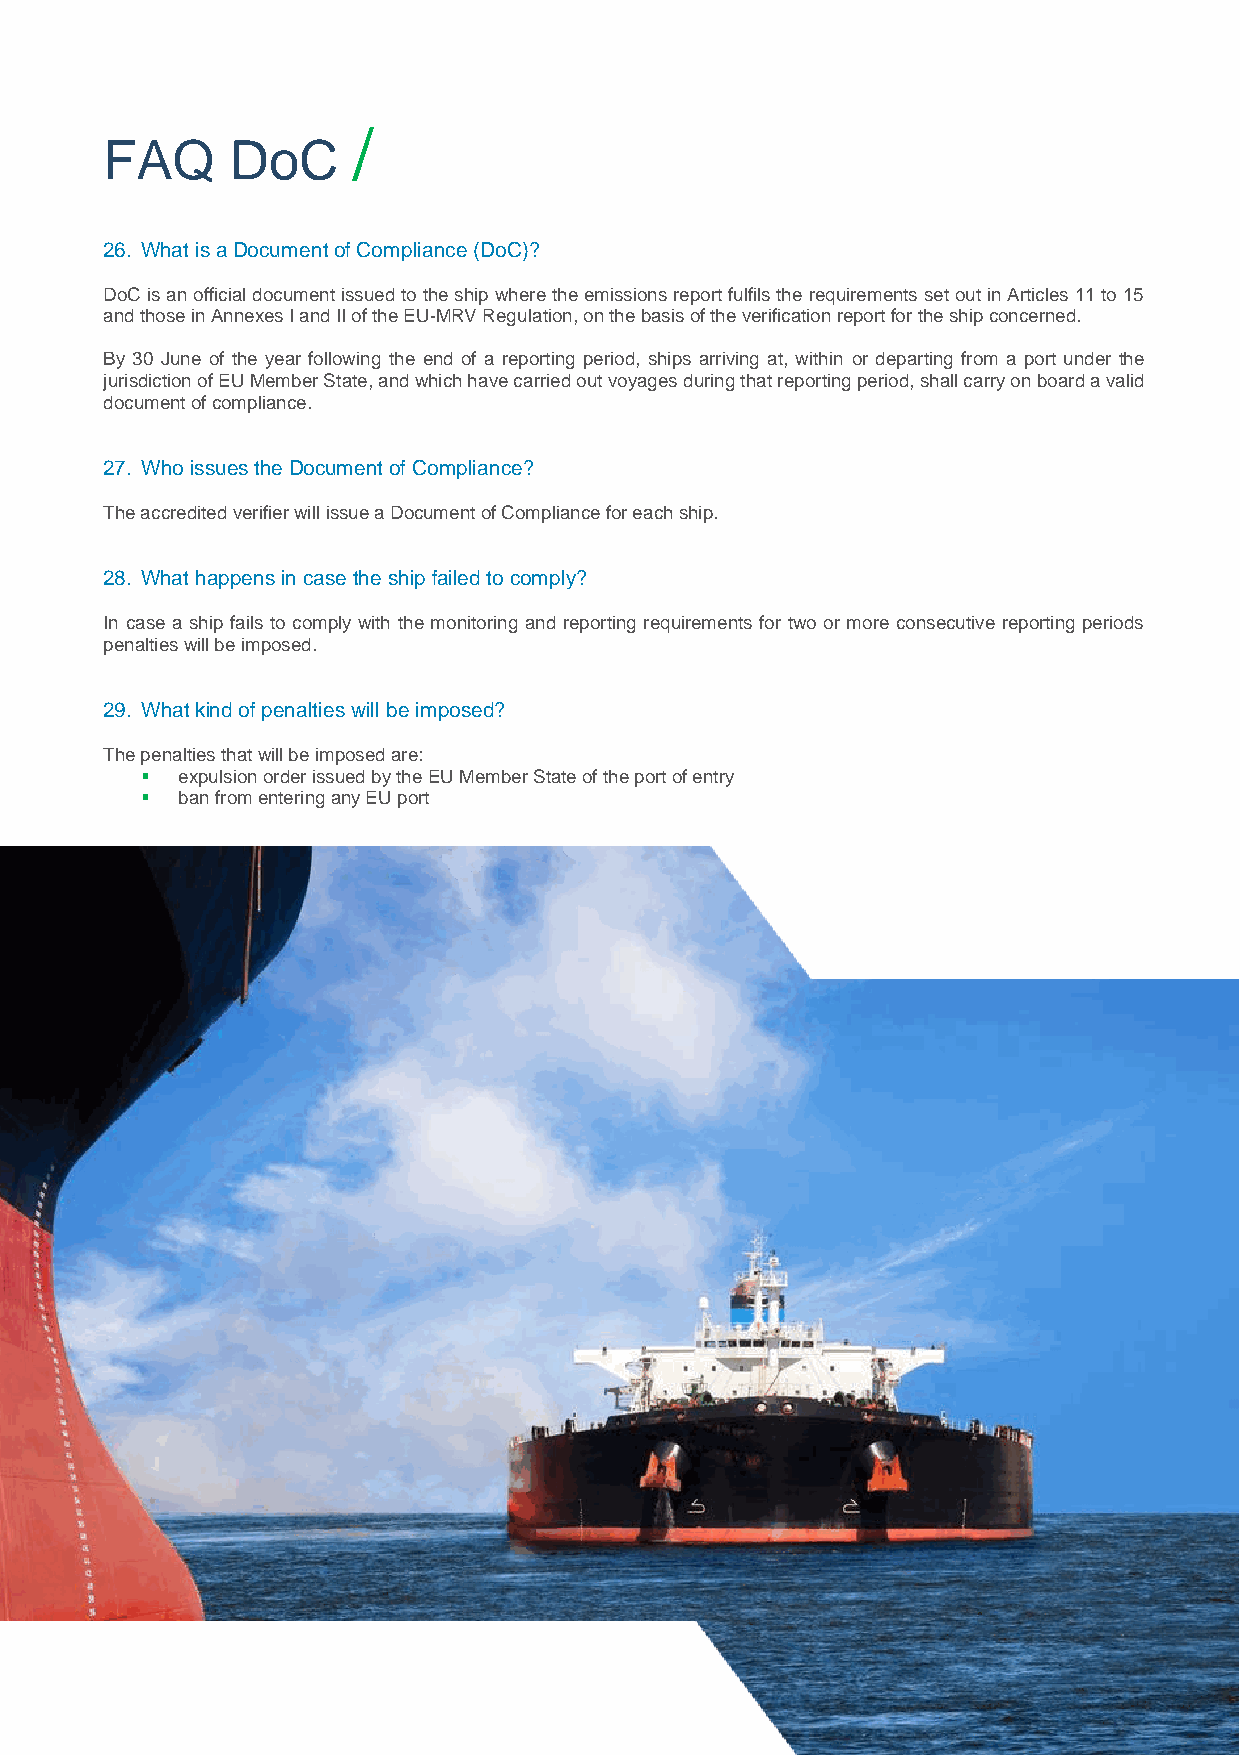
/
 FAQ     DoC
 26. What is a Document of Compliance (DoC)?
 DoC is an official document issued to the ship where the emissions report fulfils the requirements set out in Articles 11 to 15
 and those in Annexes I and II of the EU-MRV Regulation, on the basis of the verification report for the ship concerned.
 By 30 June of the year following the end of a reporting period, ships arriving at, within or departing from a port under the
 jurisdiction of EU Member State, and which have carried out voyages during that reporting period, shall carry on board a valid
 document of compliance.
 27. Who issues the Document of Compliance?
 The accredited verifier will issue a Document of Compliance for each ship.
 28. What happens in case the ship failed to comply?
 In case a ship fails to comply with the monitoring and reporting requirements for two or more consecutive reporting periods
 penalties will be imposed.
 29. What kind of penalties will be imposed?
 The penalties that will be imposed are:
   expulsion order issued by the EU Member State of the port of entry
   ban from entering any EU port